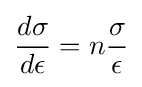
{\frac {d\sigma }{d\epsilon }}=n{\frac {\sigma }{\epsilon }}\,\!